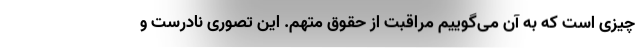
چیزی است که به آن می‌گوییم مراقبت از حقوق متهم. این تصوری نادرست و